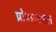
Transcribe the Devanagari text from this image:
प्रोफाइलस